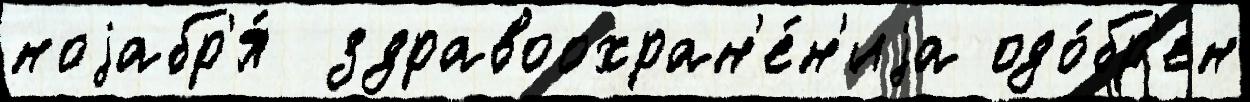
ноjабр'я́  здравоохран'е́н'иjа одо́бр'ен